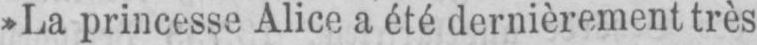
»La princesse Alice a été dernièrement très